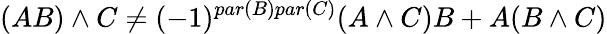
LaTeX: (AB)\wedge C\neq(-1)^{par(B)par(C)}(A\wedge C)B+A(B\wedge C)